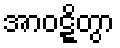
အာဝဋ္ဋိတွာ